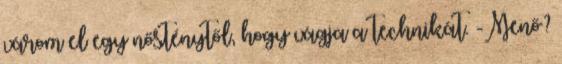
várom el egy nősténytől, hogy vágja a technikát. -Menő?